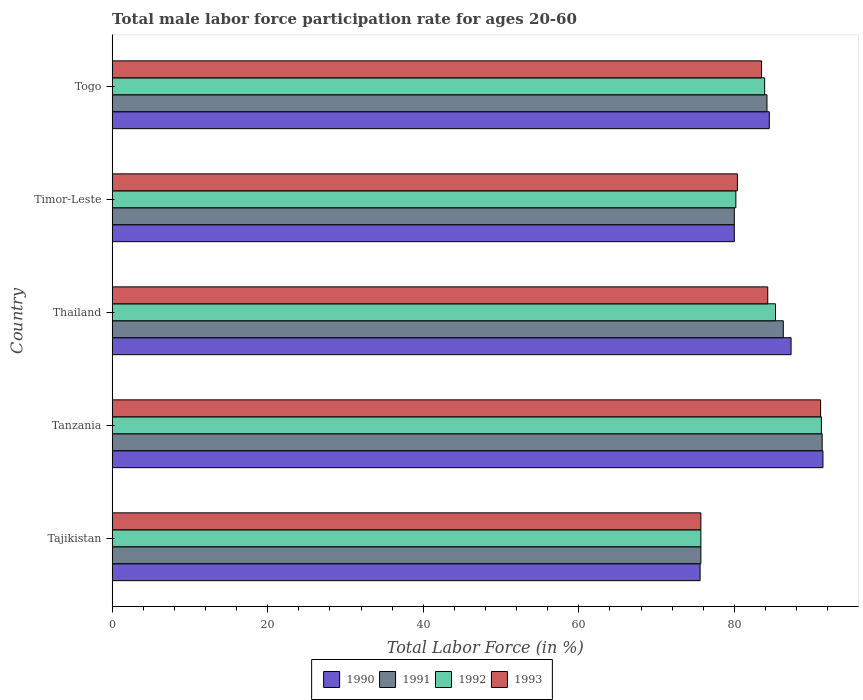
| Country | 1990 | 1991 | 1992 | 1993 |
 | --- | --- | --- | --- | --- |
 | Tajikistan | 75.6 | 75.7 | 75.7 | 75.7 |
 | Tanzania | 91.4 | 91.3 | 91.2 | 91.1 |
 | Thailand | 87.3 | 86.3 | 85.3 | 84.3 |
 | Timor-Leste | 80 | 80 | 80.2 | 80.4 |
 | Togo | 84.5 | 84.2 | 83.9 | 83.5 |